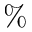
\%